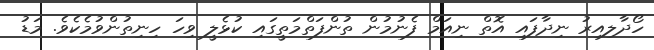
ހޯދާލިއިރު ނިދާފައި އޮތް ނިއަމް ފެނުމުން ތުންފަތްމަތީގައި ކުޅެލީ ވިހަ ހިނިތުންވުމެކެވެ. މަޑު